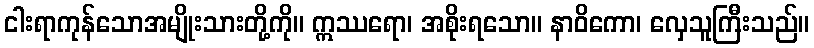
ငါးရာကုန်သောအမျိုးသားတို့ကို။ ဣဿရော၊ အစိုးရသော။ နာဝိကော၊ လှေသူကြီးသည်။